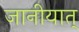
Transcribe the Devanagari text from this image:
जानीयात्